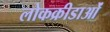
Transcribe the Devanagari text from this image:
लोकक्रीडाओं